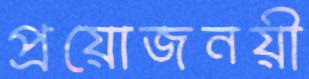
প্রয়োজনয়ী